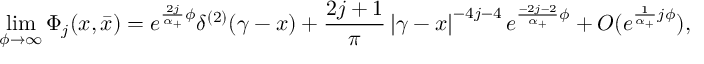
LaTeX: \operatorname * { l i m } _ { \phi \rightarrow \infty } \Phi _ { j } ( x , \bar { x } ) = e ^ { \frac { 2 j } { \alpha _ { + } } \phi } \delta ^ { ( 2 ) } ( \gamma - x ) + \frac { 2 j + 1 } { \pi } \left| \gamma - x \right| ^ { - 4 j - 4 } e ^ { \frac { - 2 j - 2 } { \alpha _ { + } } \phi } + { \cal O } ( e ^ { \frac 1 { \alpha _ { + } } j \phi } ) ,